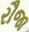
રૌજા